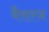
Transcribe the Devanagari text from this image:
बैसरन